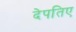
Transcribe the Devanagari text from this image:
देपतिए